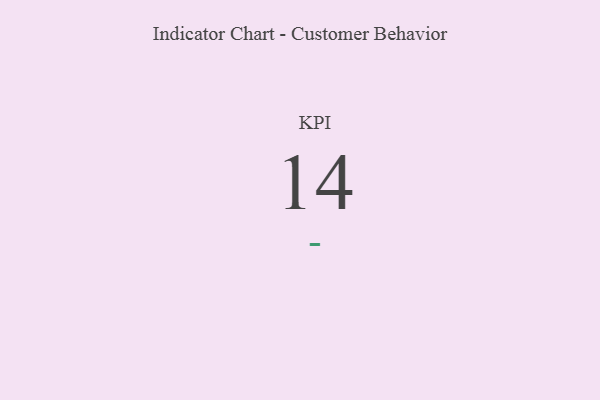
{"axis": {"x": "KPI", "y": "Value"}, "legend": [""], "data": [{"x": "KPI", "y": 14, "type": ""}]}